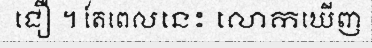
ជឿ ។ តែពេលនេះ លោកឃើញ